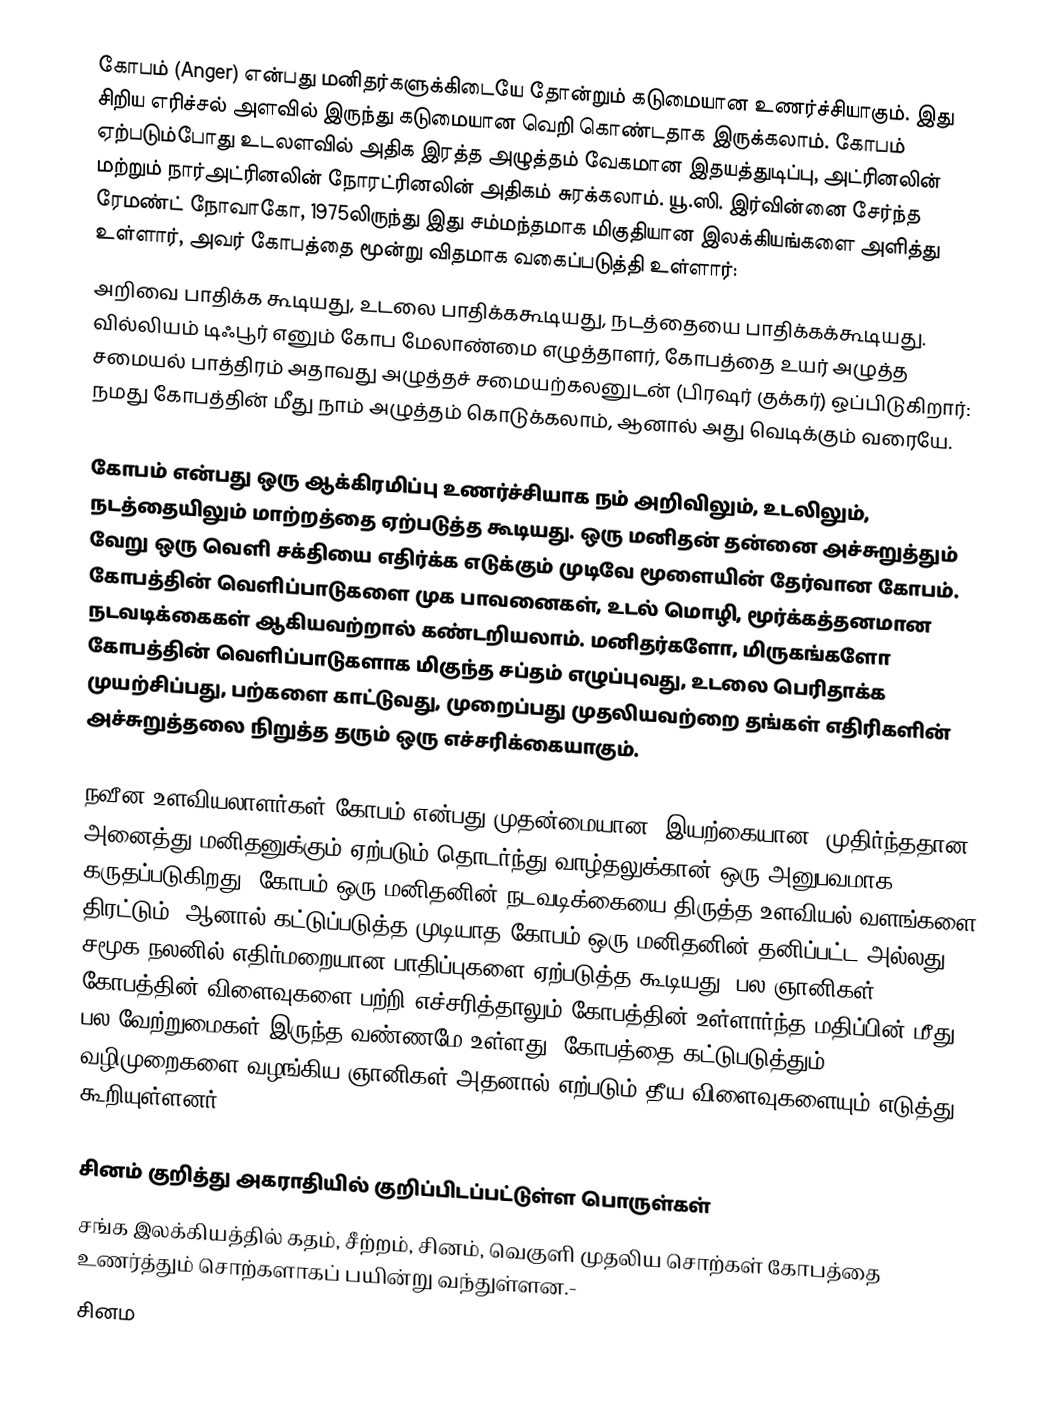
கோபம் (Anger) என்பது மனிதர்களுக்கிடையே தோன்றும் கடுமையான உணர்ச்சியாகும். இது சிறிய எரிச்சல் அளவில் இருந்து கடுமையான வெறி கொண்டதாக இருக்கலாம். கோபம் ஏற்படும்போது உடலளவில் அதிக இரத்த அழுத்தம் வேகமான இதயத்துடிப்பு, அட்ரினலின் மற்றும்  நார்அட்ரினலின் நோரட்ரினலின் அதிகம் சுரக்கலாம். யூ.ஸி. இர்வின்னை சேர்ந்த ரேமண்ட் நோவாகோ, 1975லிருந்து இது சம்மந்தமாக மிகுதியான இலக்கியங்களை அளித்து உள்ளார், அவர் கோபத்தை மூன்று விதமாக வகைப்படுத்தி உள்ளார்:
அறிவை பாதிக்க கூடியது, உடலை பாதிக்ககூடியது, நடத்தையை பாதிக்கக்கூடியது. வில்லியம் டிஃபூர் எனும் கோப மேலாண்மை எழுத்தாளர், கோபத்தை உயர் அழுத்த சமையல் பாத்திரம் அதாவது அழுத்தச் சமையற்கலனுடன் (பிரஷர் குக்கர்) ஒப்பிடுகிறார்: நமது கோபத்தின் மீது நாம் அழுத்தம் கொடுக்கலாம், ஆனால் அது வெடிக்கும் வரையே.

கோபம் என்பது ஒரு ஆக்கிரமிப்பு உணர்ச்சியாக நம் அறிவிலும், உடலிலும், நடத்தையிலும் மாற்றத்தை ஏற்படுத்த கூடியது. ஒரு மனிதன் தன்னை அச்சுறுத்தும் வேறு ஒரு வெளி சக்தியை எதிர்க்க எடுக்கும் முடிவே மூளையின் தேர்வான கோபம். கோபத்தின் வெளிப்பாடுகளை முக பாவனைகள், உடல் மொழி, மூர்க்கத்தனமான நடவடிக்கைகள் ஆகியவற்றால் கண்டறியலாம். மனிதர்களோ, மிருகங்களோ கோபத்தின் வெளிப்பாடுகளாக மிகுந்த சப்தம் எழுப்புவது, உடலை பெரிதாக்க முயற்சிப்பது, பற்களை காட்டுவது, முறைப்பது முதலியவற்றை தங்கள் எதிரிகளின் அச்சுறுத்தலை நிறுத்த தரும் ஒரு எச்சரிக்கையாகும்.

நவீன உளவியலாளர்கள் கோபம் என்பது முதன்மையான, இயற்கையான, முதிர்ந்ததான, அனைத்து மனிதனுக்கும் ஏற்படும் தொடர்ந்து வாழ்தலுக்கான் ஒரு அனுபவமாக கருதப்படுகிறது. கோபம் ஒரு மனிதனின் நடவடிக்கையை திருத்த உளவியல் வளங்களை திரட்டும்; ஆனால் கட்டுப்படுத்த முடியாத கோபம் ஒரு மனிதனின் தனிப்பட்ட அல்லது சமூக நலனில் எதிர்மறையான பாதிப்புகளை ஏற்படுத்த கூடியது. பல ஞானிகள் கோபத்தின் விளைவுகளை பற்றி எச்சரித்தாலும் கோபத்தின் உள்ளார்ந்த மதிப்பின் மீது பல வேற்றுமைகள் இருந்த வண்ணமே உள்ளது. கோபத்தை கட்டுபடுத்தும் வழிமுறைகளை வழங்கிய ஞானிகள் அதனால் எற்படும் தீய விளைவுகளையும் எடுத்து கூறியுள்ளனர்.

சினம் குறித்து அகராதியில் குறிப்பிடப்பட்டுள்ள பொருள்கள்
சங்க இலக்கியத்தில் கதம், சீற்றம், சினம், வெகுளி முதலிய சொற்கள் கோபத்தை உணர்த்தும் சொற்களாகப் பயின்று வந்துள்ளன.-
சினம